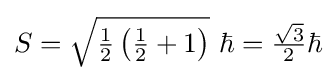
S={\sqrt {{\tfrac {1}{2}}\left({\tfrac {1}{2}}+1\right)}}\ \hbar ={\tfrac {\sqrt {3}}{2}}\hbar